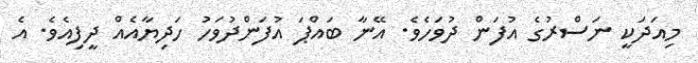
މިއަދަކީ ނަސްރުގެ އުފަން ދުވަހެވެ. އޭނާ ބައްޕަ އުފަންދުވަހު ހަދިޔާއެއް ދީފިއެވެ. އެ